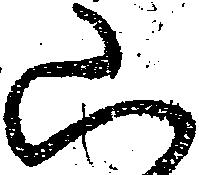
山